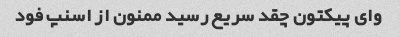
وای پیکتون چقد سریع رسید ممنون از اسنپ فود